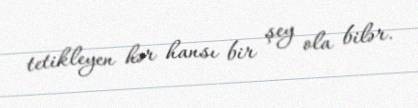
tetikleyen hər hansı bir şey ola bilər.